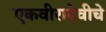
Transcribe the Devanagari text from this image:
एकवीरादेवीचे